Rangoon Lunatic Asylum 1893-1897 - 1893-1897
Year: 1893
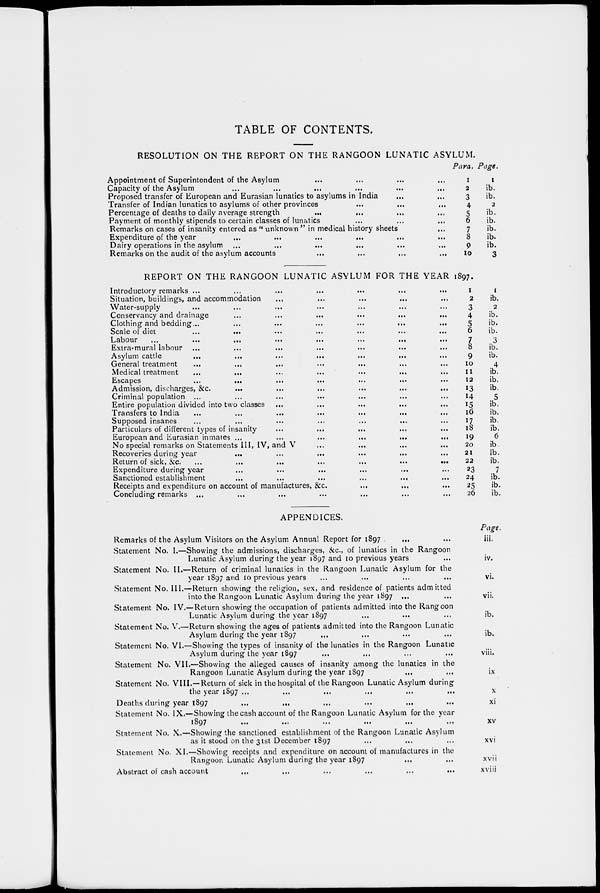
TABLE OF CONTENTS.
RESOLUTION ON THE REPORT ON THE RANGOON LUNATIC ASYLUM.
Appointment of Superintendent of the Asylum ... ... ... ...
Capacity of the Asylum ... ... ... ... ... ...
Proposed transfer of European and Eurasian lunatics to asylums in India
...
...
Transfer of Indian lunatics to asylums of other provinces
...
...
...
Percentage of deaths to daily average strength
... ... ... ...
Payment of monthly stipends to certain classes of lunatics ... ... ...
Remarks on cases of insanity entered as " unknown " in medical history sheets ...
Expenditure of the year
...
...
...
...
... ...
Dairy operations in the asylum ... ... ... ... ... ...
Remarks on the audit of the asylum accounts ... ... ... ...
Para.
1
2
3
4
5
6
7
8
9
10
Page.
1
ib.
ib.
2
ib.
ib.
ib.
ib.
ib.
3
REPORT ON THE RANGOON LUNATIC ASYLUM FOR THE YEAR 1897.
Introductory remarks ... ... ... ... ... ... ...
Situation, buildings, and accommodation ... ... ... ... ...
Water-supply ... ... ... ... ... ... ...
Conservancy and drainage
...
...
...
...
...
...
Clothing and bedding... ... ... ... ... ... ...
Scale of diet ... ... ... ... ... ... ...
Labour
...
...
...
...
...
...
...
...
Extra-mural labour ... ... ... ... ... ... ...
Asylum cattle
... ... ... ... ... ... ...
General treatment ... ... ... ... ... ... ...
Medical treatment ... ... ... ... ... ... ...
Escapes
...
...
...
...
...
...
...
Admission, discharges,
&c.
...
...
...
...
...
...
Criminal population ... ... ... ... ... ... ...
Entire population divided into two classes ... ... ... ... ...
Transfers to India
...
...
...
...
...
...
...
Supposed insanes ... ... ... ... ... ... ...
Particulars of different types of insanity ... ... ... ... ... ...
European and Eurasian inmates
...
...
...
...
...
...
No special remarks on Statements III, IV, and V ... ... ... ...
Recoveries during year ... ... ... ... ... ...
Return of sick, &c.
...
...
...
...
...
...
...
Expenditure during year
...
...
...
...
...
...
Sanctioned establishment
...
...
...
...
...
...
Receipts and expenditure on account of manufactures, &c.
...
...
...
Concluding remarks ... ... ... ... ... ... ...
1
2
3
4
5
6
7
8
9
10
11
12
13
14
15
16
17
18
19
20
21
22
23
24
25
26
1
ib.
2
ib.
ib.
ib.
3
ib.
ib.
4
ib.
ib.
ib.
5
ib.
ib.
ib.
ib.
6
ib.
ib.
ib.
7
ib.
ib.
ib.
APPENDICES.
Remarks of the Asylum Visitors on the Asylum Annual Report for 1897
... ...
Statement No. I.—Showing the admissions, discharges, &c., of lunatics in the Rangoon
Lunatic Asylum during the year 1897 and 10 previous years ...
Statement No. II.—Return of criminal lunatics in the Rangoon Lunatic Asylum for the
year 1897 and 10 previous years ... ... ... ...
Statement No. III.—Return showing the religion, sex, and residence of patients admitted
into the Rangoon Lunatic Asylum during the year 1897 ... ...
Statement No. IV.—Return showing the occupation of patients admitted into the Rangoon
Lunatic Asylum during the year 1897 ... ... ...
Statement No. V.—Return showing the ages of patients admitted into the Rangoon Lunatic
Asylum during the year 1897 ... ... ... ...
Statement No. VI.—Showing the types of insanity of the lunatics in the Rangoon Lunatic
Asylum during the year 1897 ... ... ... ...
Statement No. VII.—Showing the alleged causes of insanity among the lunatics in the
Rangoon Lunatic Asylum during the year 1897 ... ...
Statement No. VIII.—Return of sick in the hospital of the Rangoon Lunatic Asylum during
the year 1897 ... ... ... ... ... ...
Deaths during year 1897
...
...
...
...
...
...
Statement No. IX.—Showing the cash account of the Rangoon Lunatic Asylum for the year
1897
...
...
...
...
...
...
Statement No. X.—Showing the sanctioned establishment of the Rangoon Lunatic Asylum
as it stood on the 31st December 1897 ... ... ...
Statement No. XI.—Showing receipts and expenditure on account of manufactures in the
Rangoon Lunatic Asylum during the year 1897 ... ...
Abstract of cash account ... ... ... ... ... ...
Page.
iii.
iv.
vi.
vii.
ib.
ib.
viii.
ix
x
xi
xv
xvi
xvii
xviii